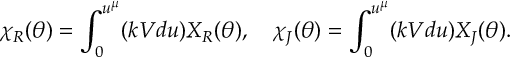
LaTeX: \chi _ { R } ( \theta ) = \int _ { 0 } ^ { u ^ { \mu } } ( k V d u ) X _ { R } ( \theta ) , \quad \chi _ { J } ( \theta ) = \int _ { 0 } ^ { u ^ { \mu } } ( k V d u ) X _ { J } ( \theta ) .